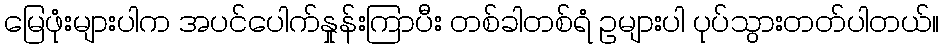
မြေဖုံးများပါက အပင်ပေါက်နှုန်းကြာပီး တစ်ခါတစ်ရံ ဥများပါ ပုပ်သွားတတ်ပါတယ်။